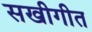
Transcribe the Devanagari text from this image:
सखीगीत